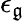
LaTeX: \epsilon_{\mathfrak{g}}